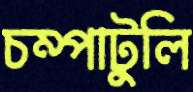
চম্পাটুলি